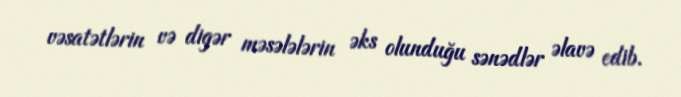
vəsatətlərin və digər məsələlərin əks olunduğu sənədlər əlavə edib.